Annual report of the Imperial Bacteriological Laboratory, Muktesar
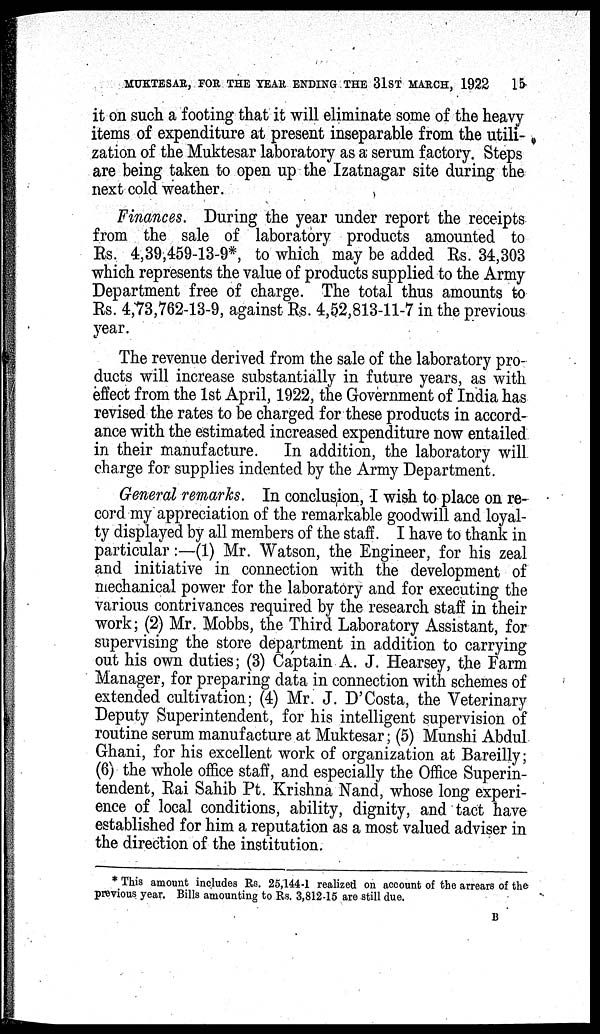
MUKTESAR, FOR THE YEAR ENDING THE 31ST MARCH, 1922
15
it on such a footing that it will eliminate some of the heavy
items of expenditure at present inseparable from the utili-
zation of the Muktesar laboratory as a serum factory. Steps
are being taken to open up the Izatnagar site during the
next cold weather.
Finances. During the year under report the receipts
from the sale of laboratory products amounted to
Rs. 4,39,459-13-9*, to which may be added Rs. 34,303
which represents the value of products supplied to the Army
Department free of charge. The total thus amounts to
Rs. 4,73,762-13-9, against Rs. 4,52,813-11-7 in the previous
year.
The revenue derived from the sale of the laboratory pro-
ducts will increase substantially in future years, as with
effect from the 1st April, 1922, the Government of India has
revised the rates to be charged for these products in accord-
ance with the estimated increased expenditure now entailed
in their manufacture. In addition, the laboratory will
charge for supplies indented by the Army Department.
General remarks. In conclusion, I wish to place on re-
cord my appreciation of the remarkable goodwill and loyal-
ty displayed by all members of the staff. I have to thank in
particular :—(1) Mr. Watson, the Engineer, for his zeal
and initiative in connection with the development of
mechanical power for the laboratory and for executing the
various contrivances required by the research staff in their
work; (2) Mr. Mobbs, the Third Laboratory Assistant, for
supervising the store department in addition to carrying
out his own duties; (3) Captain A. J. Hearsey, the Farm
Manager, for preparing data in connection with schemes of
extended cultivation; (4) Mr. J. D'Costa, the Veterinary
Deputy Superintendent, for his intelligent supervision of
routine serum manufacture at Muktesar ; (5) Munshi Abdul
Ghani, for his excellent work of organization at Bareilly ;
(6) the whole office staff, and especially the Office Superin-
tendent, Rai Sahib Pt. Krishna Nand, whose long experi-
ence of local conditions, ability, dignity, and tact have
established for him a reputation as a most valued adviser in
the direction of the institution.
* This amount includes Rs. 25,144-1 realized on account of the arrears of the
previous year. Bills amounting to Rs. 3,812-15 are still due.
B